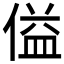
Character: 𪝞